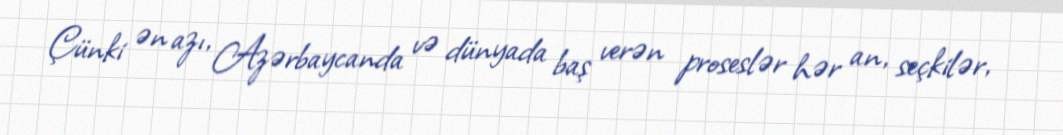
Çünki ən azı, Azərbaycanda və dünyada baş verən proseslər hər an, seçkilər,